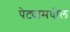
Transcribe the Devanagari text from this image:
पेट्यामधील